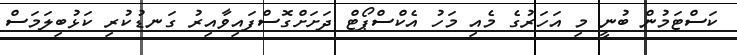
ކަސްޓަމުން ބުނީ މި އަހަރުގެ މެއި މަހު އެކްސްޕޯޓް ދަށަށްގޮސްފައިވާއިރު ގަނޑުކުރި ކަޅުބިލަމަސް